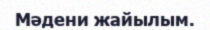
Мәдени жайылым.